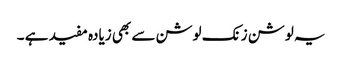
یہ لوشن زنک لوشن سے بھی زیادہ مفید ہے ۔